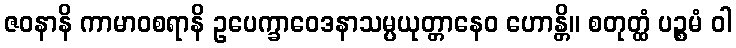
ဇဝနာနိ ကာမာဝစရာနိ ဥပေက္ခာဝေဒနာသမ္ပယုတ္တာနေဝ ဟောန္တိ။ စတုတ္ထံ ပဉ္စမံ ဝါ